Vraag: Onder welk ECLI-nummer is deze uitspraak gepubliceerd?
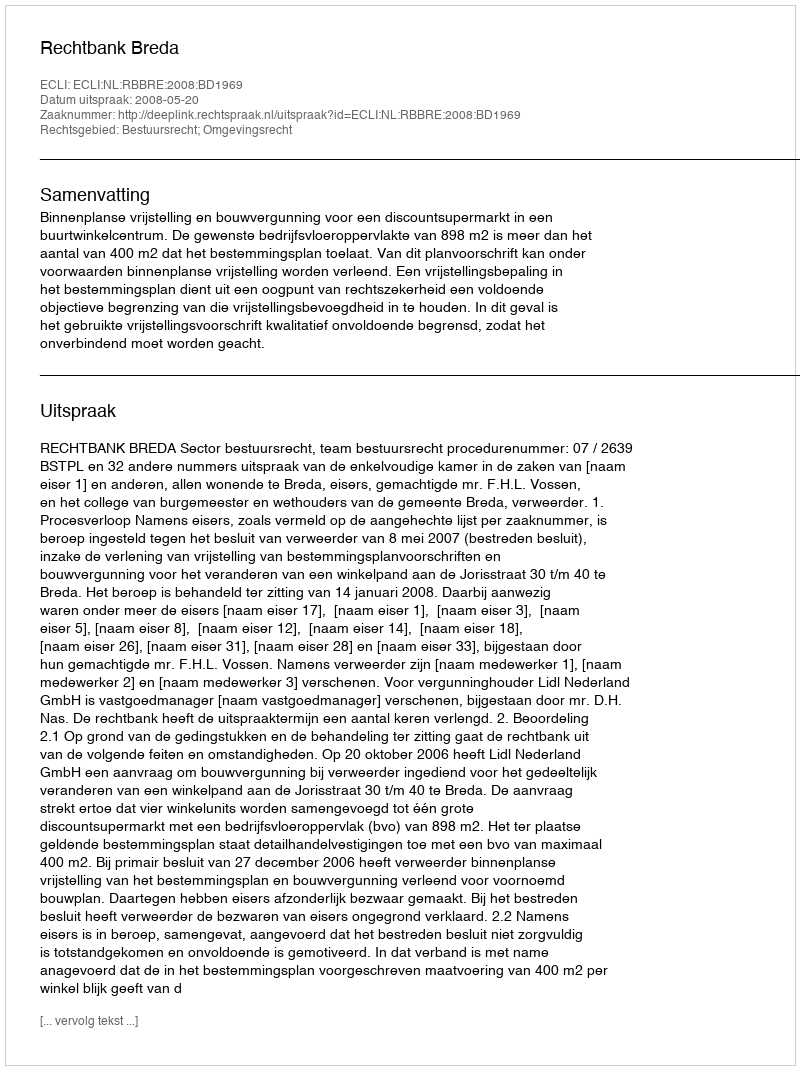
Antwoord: ECLI:NL:RBBRE:2008:BD1969